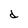
Character: d